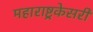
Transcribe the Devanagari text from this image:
महाराष्ट्रकेसरी